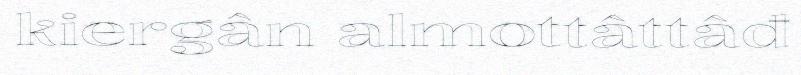
kiergân almottâttâđ